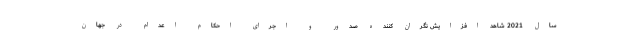
سال 2021 شاهد افزایش نگران کننده صدور و اجرای احکام اعدام در جهان